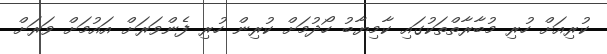
ކުރިއަށް ހުރި މުބާރާތްތަކުގައި ކާމިޔާބު ހޯދުމަށް ކުރިން ހުރި ފެންވަރަށް އައުމަށް ވަރަށް